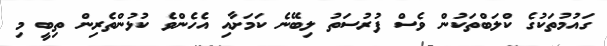
ގައުމުތަކުގެ ކްލަބްތަކުން ވެސް ފުރުސަތު ލިބޭނެ ކަމަށާއި އެހެންވެ ކުޅުންތެރިން ތިބީ މި